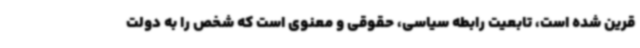
قرین شده است، تابعیت رابطه سیاسی، حقوقی و معنوی است که شخص را به دولت